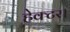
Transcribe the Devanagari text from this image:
हेक्‍टर।